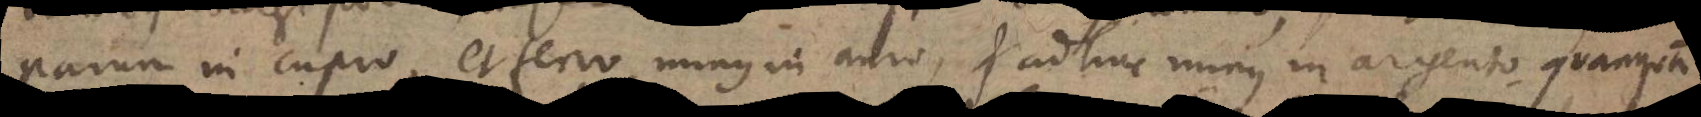
parum in cupro, et ferro, minus in auro, et adhuc minus in argento quanquam